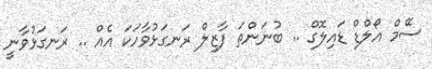
ސޭމް އޯލްޑް ޑައިލޮގް .. ބުނަންތަ ފާޒިލް ރަނގަޅުވާހަކަ އެއް .. ރަނގަޅުވާނީ